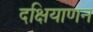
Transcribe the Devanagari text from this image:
दक्षियाणन